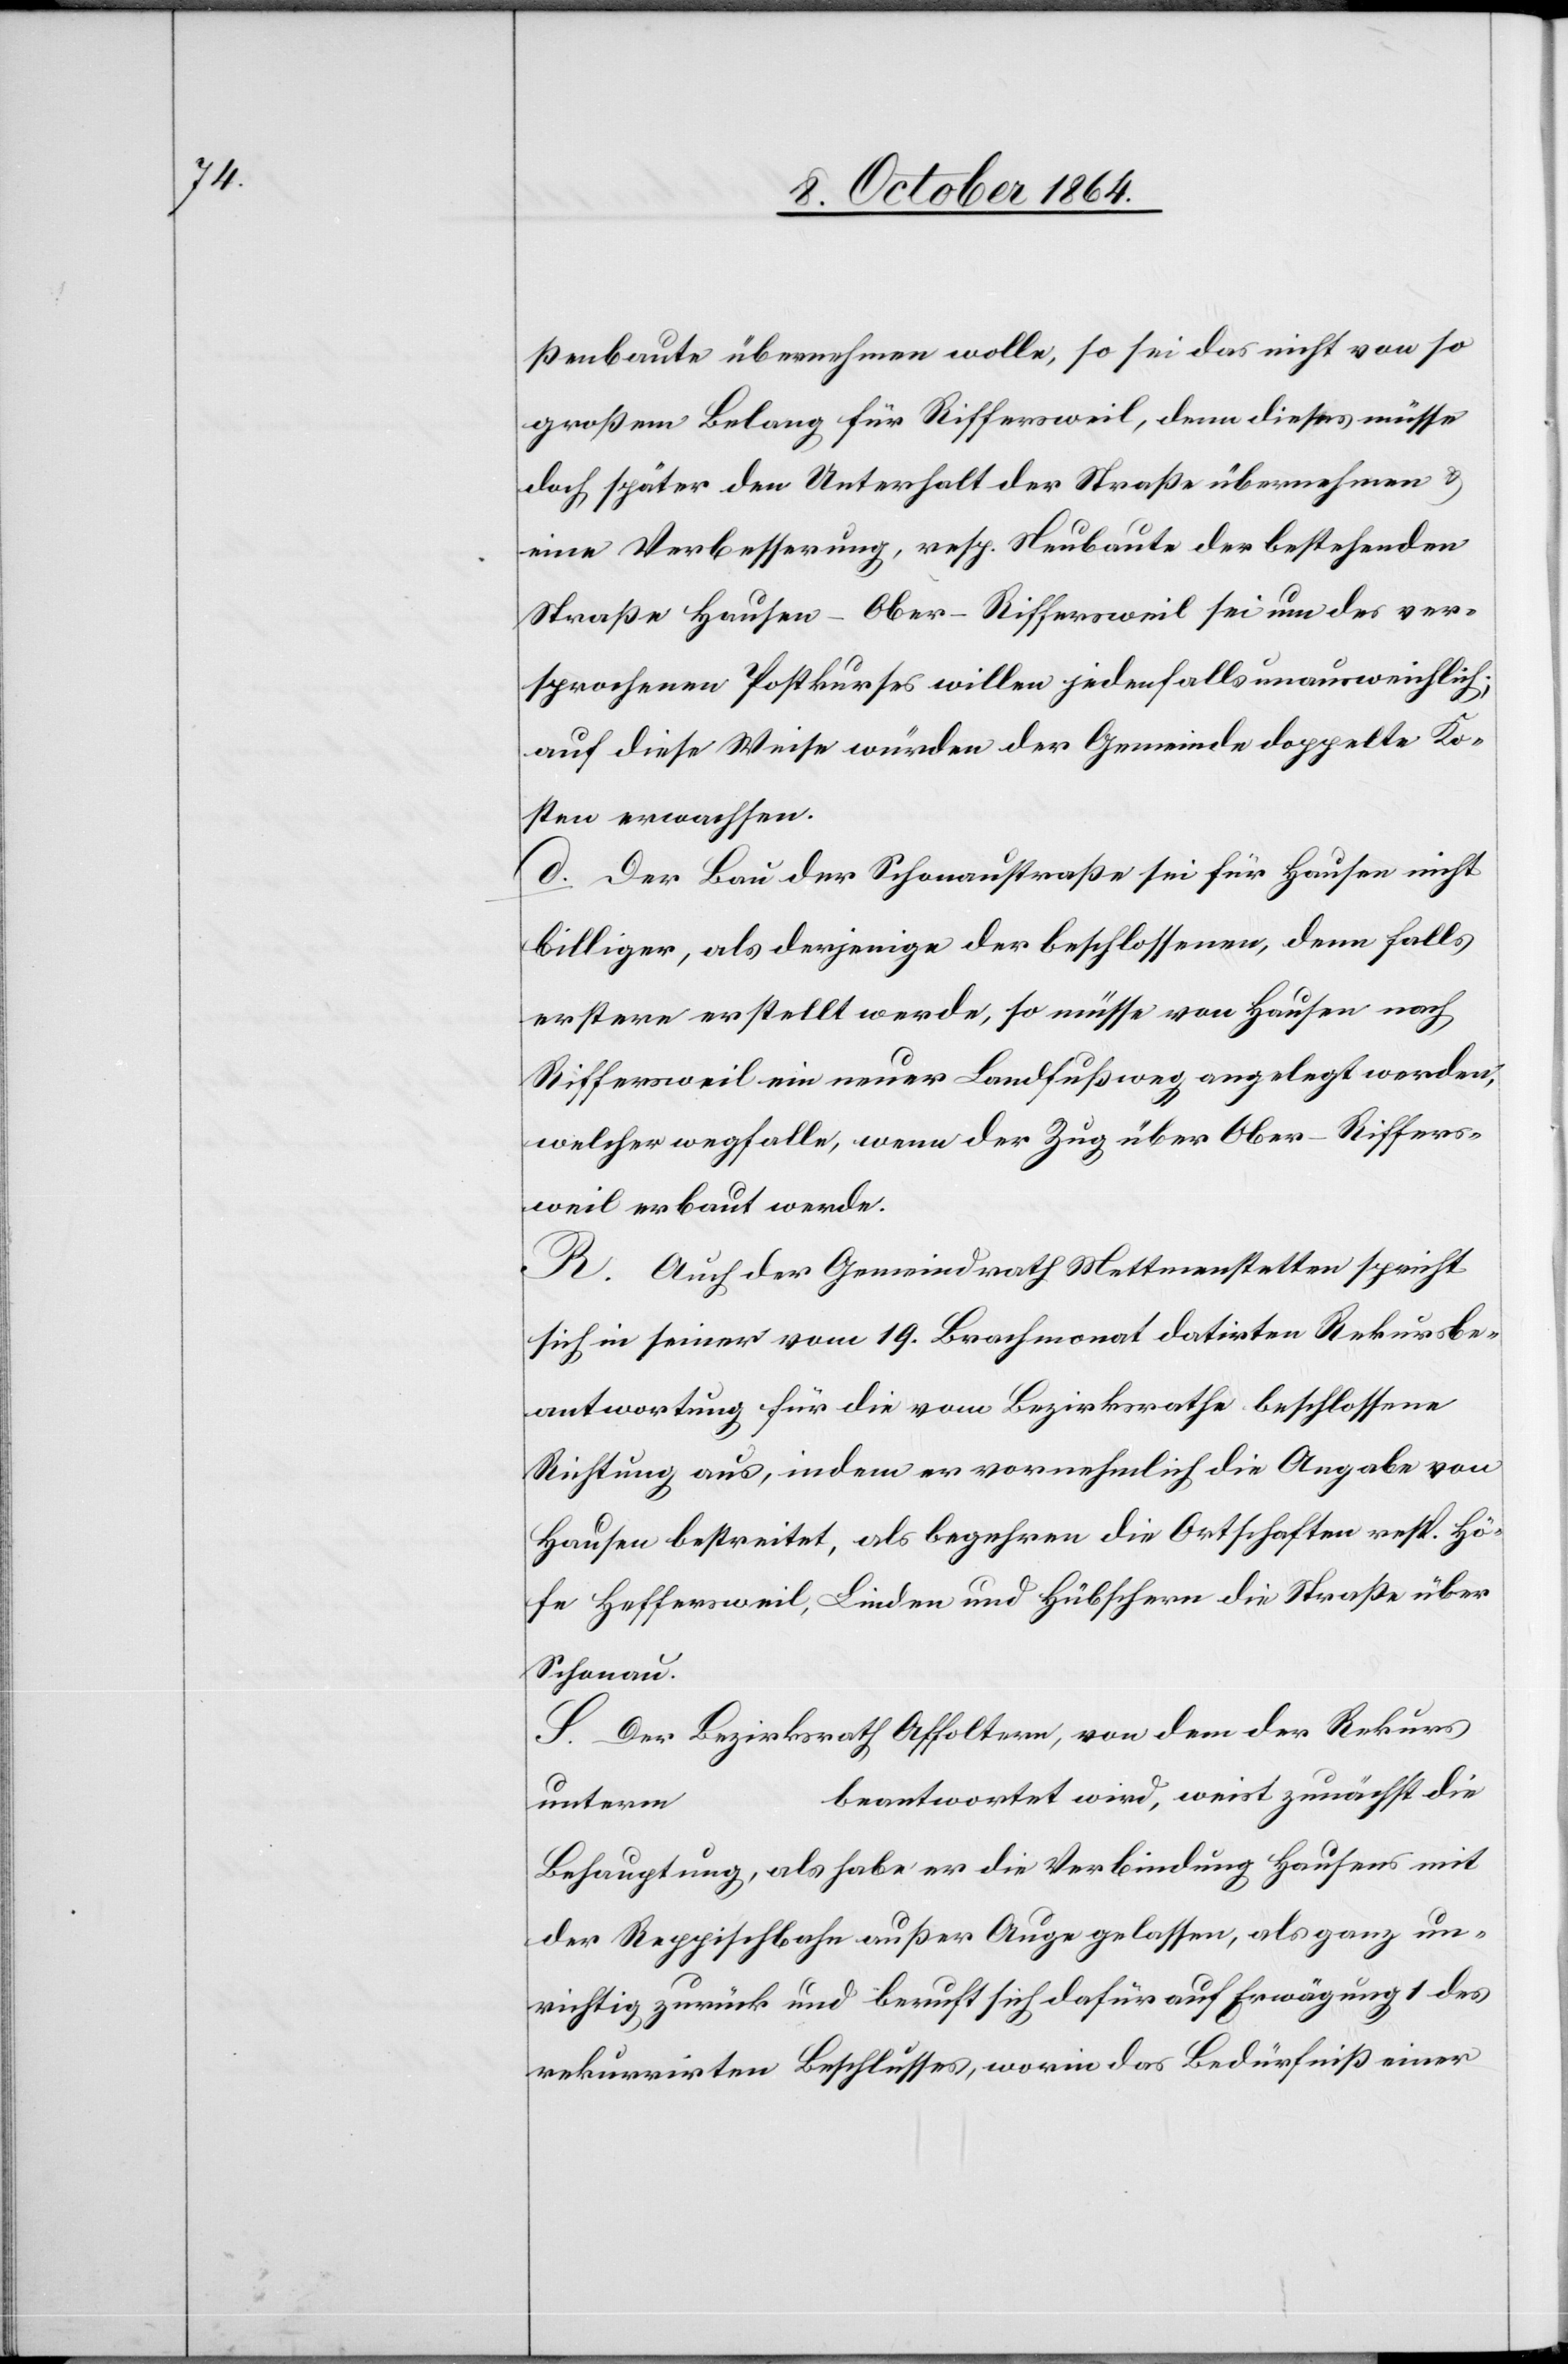
ßenbaute übernehmen wolle, so sei das nicht von so
großem Belang für Riffersweil, denn dieses müsse
doch später den Unterhalt der Straße übernehmen &
eine Verbesserung, resp. Neubaute der bestehenden
Straße Hausen–Ober-Riffersweil sei um des ver¬
sprochenen Postkurses willen jedenfalls unausweichlich;
auf diese Weise würden der Gemeinde doppelte Ko¬
sten erwachsen.
d. Der Bau der Schonaustraße sei für Hausen nicht
billiger, als derjenige der beschlossenen, denn falls
erstere erstellt werde, so müsse von Hausen nach
Riffersweil ein neuer Landfußweg angelegt werden,
welcher wegfalle, wenn der Zug über Ober-Riffers¬
weil erbaut werde.
R. Auch der Gemeindrath Mettmenstetten spricht
sich in seiner vom 19. Brachmonat datirten Rekursbe¬
antwortung für die vom Bezirksrathe beschlossene
Richtung aus, indem er vornehmlich die Angabe von
Hausen bestreitet, als begehren die Ortschaften resp. Hö¬
fe Heffersweil, Linden und Hübschern die Straße über
Schonau.
S. Der Bezirksrath Affoltern, von dem der Rekurs
beantwortet wird, weist zunächst die
unterm …
Behauptung, als habe er die Verbindung Hausens mit
der Reppischbahn außer Auge gelassen, als ganz un¬
richtig zurück und beruft sich dafür auf Erwägung 1 des
rekurrirten Beschlusses, worin das Bedürfniß einer